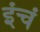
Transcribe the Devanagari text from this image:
इंचं